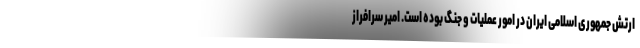
ارتش جمهوری اسلامی ایران در امور عملیات و جنگ بوده است. امیر سرافراز